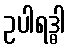
ဥပါရဒ္ဓါ